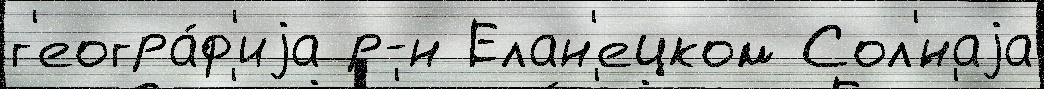
г'еогра́ф'иjа р-н Елан'ецком Сол'́наjа